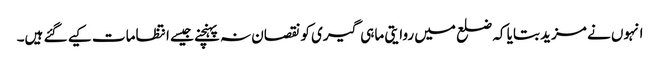
انہوں نے مزید بتایا کہ ضلع میں روایتی ماہی گیری کو نقصان نہ پہنچنے جیسے انتظامات کیے گئے ہیں۔